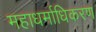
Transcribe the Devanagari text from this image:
महाधर्माधिकरण